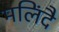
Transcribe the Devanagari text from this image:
मलिंदै